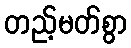
တည့်မတ်စွာ